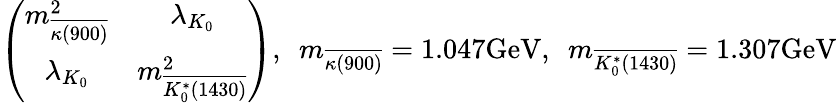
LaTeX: \left(\begin{array}{cc}{{m_{\overline{{{\kappa(900)}}}}^{2}}}&{{\lambda_{K_{0}}}}\\ {{\lambda_{K_{0}}}}&{{m_{\overline{{{K_{0}^{*}(1430)}}}}^{2}}}\end{array}\right),\ \ m_{\overline{{{\kappa(900)}}}}=1.047\mathrm{GeV},\ \ m_{\overline{{{K_{0}^{*}(1430)}}}}=1.307\mathrm{GeV}